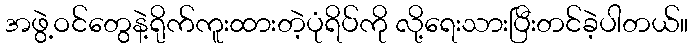
အဖွဲ့ဝင်တွေနဲ့ရိုက်ကူးထားတဲ့ပုံရိပ်ကို လို့ရေးသားပြီးတင်ခဲ့ပါတယ်။